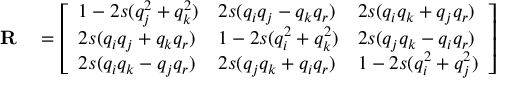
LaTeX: \begin{array} { r l } { \mathbf { R } } & { { } = { \left[ \begin{array} { l l l } { 1 - 2 s ( q _ { j } ^ { 2 } + q _ { k } ^ { 2 } ) } & { 2 s ( q _ { i } q _ { j } - q _ { k } q _ { r } ) } & { 2 s ( q _ { i } q _ { k } + q _ { j } q _ { r } ) } \\ { 2 s ( q _ { i } q _ { j } + q _ { k } q _ { r } ) } & { 1 - 2 s ( q _ { i } ^ { 2 } + q _ { k } ^ { 2 } ) } & { 2 s ( q _ { j } q _ { k } - q _ { i } q _ { r } ) } \\ { 2 s ( q _ { i } q _ { k } - q _ { j } q _ { r } ) } & { 2 s ( q _ { j } q _ { k } + q _ { i } q _ { r } ) } & { 1 - 2 s ( q _ { i } ^ { 2 } + q _ { j } ^ { 2 } ) } \end{array} \right] } } \end{array}